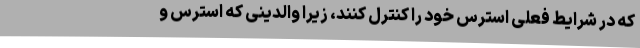
که در شرایط فعلی استرس خود را کنترل کنند، زیرا والدینی که استرس و